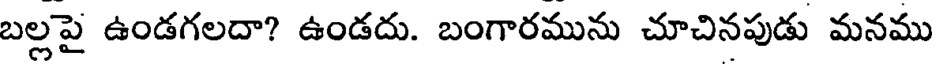
బల్లపై ఉండగలదా? ఉండదు. బంగారమును చూచినపుడు మనము